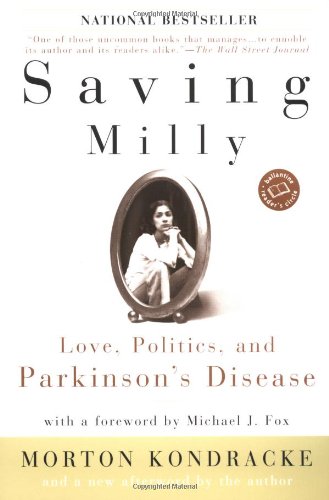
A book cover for Saving Milly: Love, Politics, and Parkinson's Disease (Ballantine Reader's Circle); Morton Kondracke; Health, Fitness & Dieting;